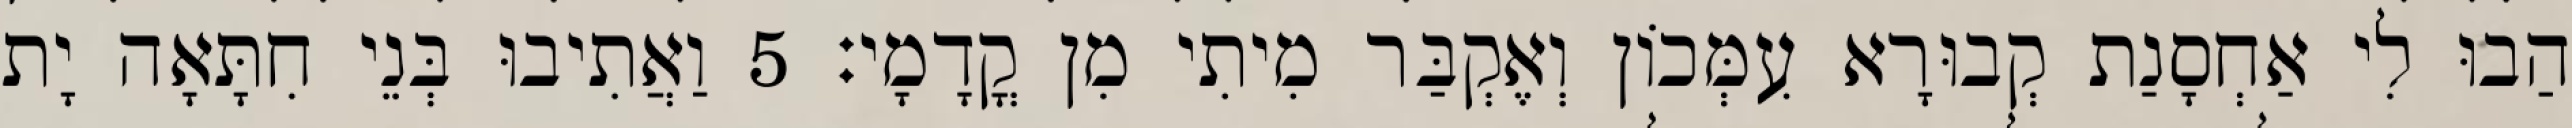
הַבוּ לִי אַחְסָנַת קְבוּרָא עִמְּכוֹן וְאֶקְבַּר מִיתִי מִן קֳדָמָי׃ 5 וַאֲתִיבוּ בְּנֵי חִתָּאָה יָת